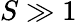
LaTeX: S\gg 1